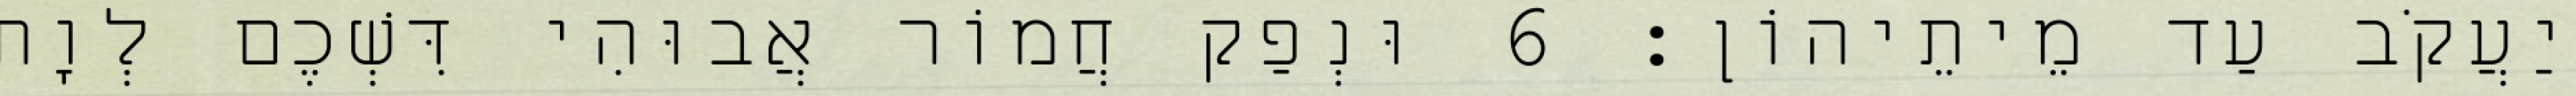
יַעֲקֹב עַד מֵיתֵיהוֹן׃ 6 וּנְפַק חֲמוֹר אֲבוּהִי דִּשְׁכֶם לְוָת